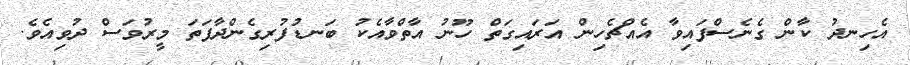
އެހިނދު ކާން ގެނެސްފައިވާ އެއްޗެހިން އަރައިގަތް ހޫނު އާތްވާއެކު ބަނޑުފުރިގެންދާފަތަ މީރުވަސް ދުވިއެވެ.